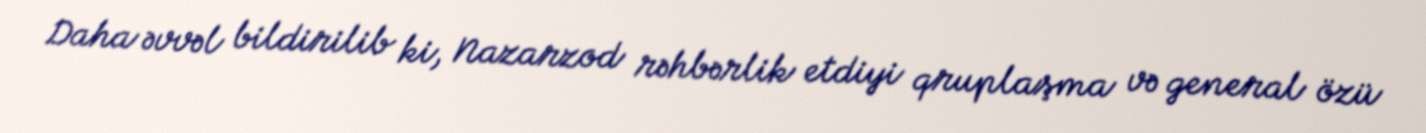
Daha əvvəl bildirilib ki, Nazarzod rəhbərlik etdiyi qruplaşma və general özü